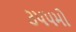
૩૫૫મો